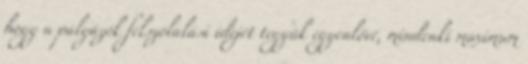
hogy a pályázók felszólalási idejét tegyük egyenlővé, mindenki maximum